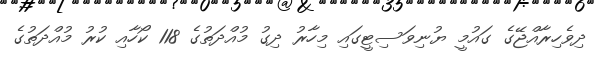
ދިވެހިރާއްޖޭގެ ގައުމީ ޔުނިވަސިޓީގައި މިހާރު ދިގު މުއްދަތުގެ 118 ކޯހާއި ކުރު މުއްދަތުގެ